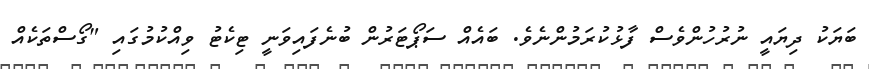
ބަޔަކު ދިޔައީ ނުރުހުންވެސް ފާޅުކުރަމުންނެވެ. ބައެއް ސަޕޯޓަރުން ބުނެފައިވަނީ ޓިކެޓު ވިއްކުމުގައި "ގޯސްތަކެއް